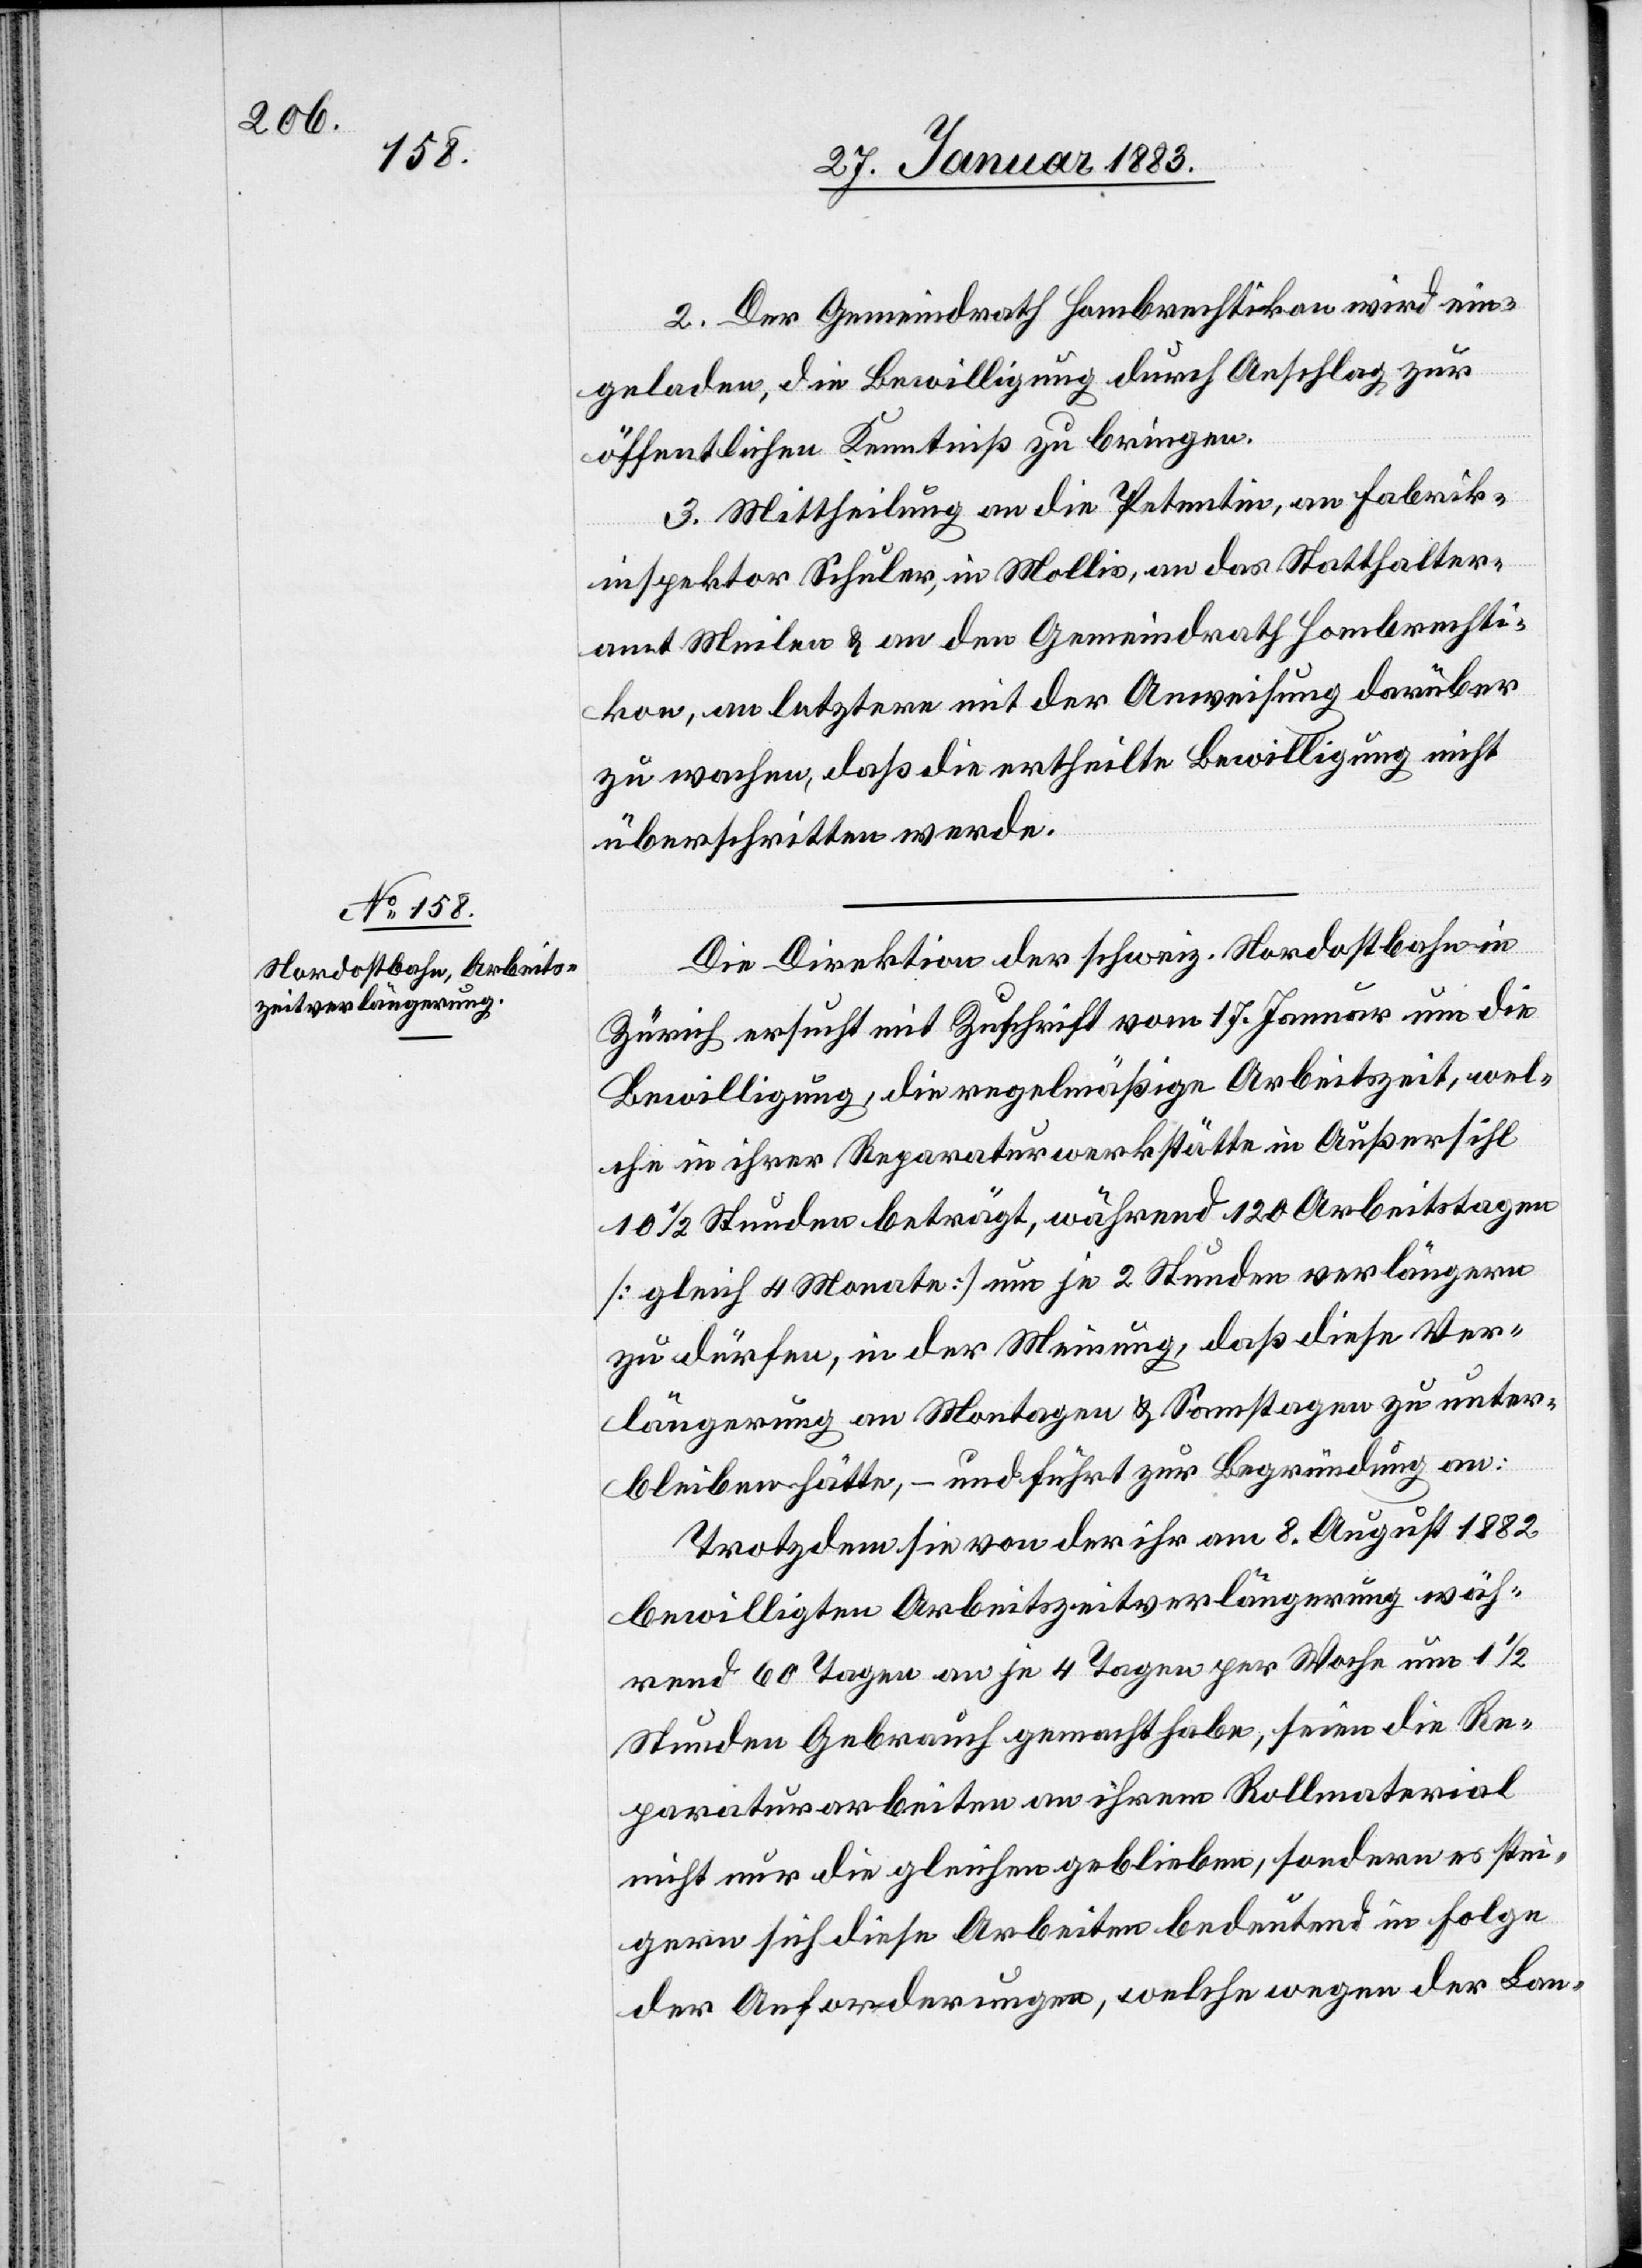
2. Der Gemeindrath Hombrechtikon wird ein¬
geladen, die Bewilligung durch Anschlag zur
öffentlichen Kenntniß zu bringen.
3. Mittheilung an die Petentin, an Fabrik¬
inspektor Schuler, in Mollis, an das Statthalter¬
amt Meilen & an den Gemeindrath Hombrechti¬
kon, an letztern mit der Anweisung darüber
zu wachen, daß die ertheilte Bewilligung nicht
überschritten werde.
Die Direktion der schweiz. Nordostbahn in
Zürich ersucht mit Zuschrift vom 17. Januar um die
Bewilligung, die regelmäßige Arbeitszeit, wel¬
che in ihrer Reparaturwerkstätte in Außersihl
10 1/2 Stunden beträgt, während 120 Arbeitstagen
[gleich 4 Monate] um je 2 Stunden verlängern
zu dürfen, in der Meinung, daß diese Ver¬
längerung an Montagen & Samstagen zu unter¬
bleiben hätte, – und führt zur Begründung an:
Trotzdem sie von der ihr am 8. August 1882
bewilligten Arbeitszeitverlängerung wäh¬
rend 60 Tagen an je 4 Tagen per Woche um 1 1/2
Stunden Gebrauch gemacht habe, seien die Re¬
paraturarbeiten an ihrem Rollmaterial
nicht nur die gleichen geblieben, sondern es stei¬
gern sich diese Arbeiten bedeutend in Folge
der Anforderungen, welche wegen der Lan-